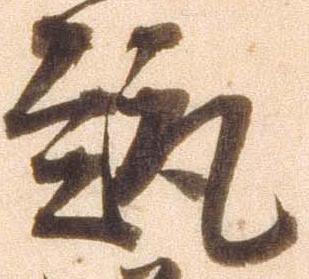
趣